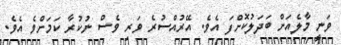
ވަނީ މާލެއަށް ބަދަލުކޮށްފަ އެވެ. އޭރުއްސުރެ ވަރި ވެސް ނުކުރާ ކަމަށްވެ އެވެ.